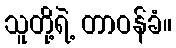
သူတို့ရဲ့ တာဝန်ခံ။